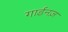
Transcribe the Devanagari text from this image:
गार्डनज़